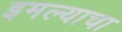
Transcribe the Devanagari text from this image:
इमल्याचा